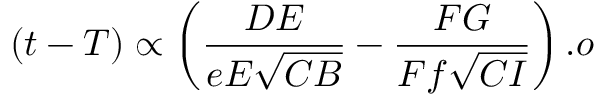
( t - T ) \propto \left( { \frac { D E } { e E { \sqrt { C B } } } } - { \frac { F G } { F f { \sqrt { C I } } } } \right) . o